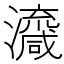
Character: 𱪇